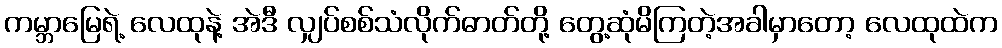
ကမ္ဘာမြေရဲ့ လေထုနဲ့ အဲဒီ လျှပ်စစ်သံလိုက်ဓာတ်တို့ တွေ့ဆုံမိကြတဲ့အခါမှာတော့ လေထုထဲက